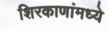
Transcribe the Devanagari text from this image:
शिरकाणांमध्ये